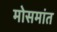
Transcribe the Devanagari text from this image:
मोसमांत